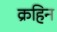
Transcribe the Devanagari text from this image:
क्रहिन